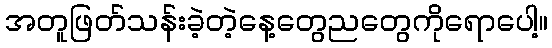
အတူဖြတ်သန်းခဲ့တဲ့နေ့တွေညတွေကိုရောပေါ့။